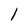
Character: 1